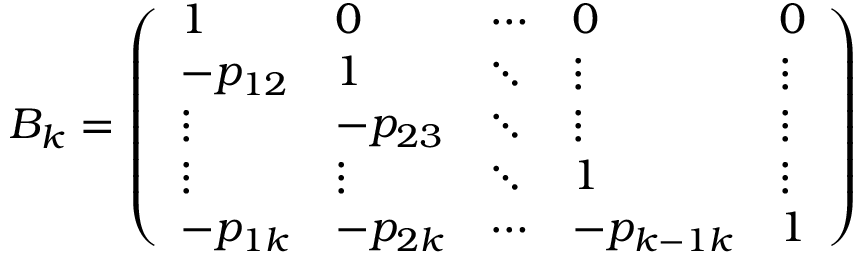
B _ { k } = \left( \begin{array} { l l l l l } { 1 } & { 0 } & { \cdots } & { 0 } & { 0 } \\ { - p _ { 1 2 } } & { 1 } & { \ddots } & { \vdots } & { \vdots } \\ { \vdots } & { - p _ { 2 3 } } & { \ddots } & { \vdots } & { \vdots } \\ { \vdots } & { \vdots } & { \ddots } & { 1 } & { \vdots } \\ { - p _ { 1 k } } & { - p _ { 2 k } } & { \cdots } & { - p _ { k - 1 k } } & { 1 } \end{array} \right)